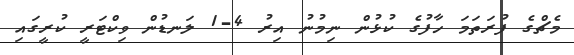
މެޗްގެ ފުރަތަމަ ހާފުގެ ކުޅުން ނިމުނު އިރު 4-1 ލަނޑުން ވިކްޓަރީ ކުރީގައި